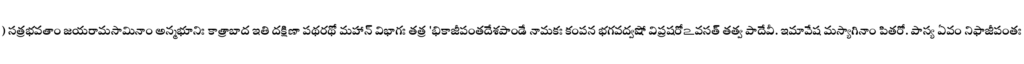
) సత్రభవతాం జయరామసామినాం అన్మభూనిః కాత్రాబాద ఇతి దక్షిణా పథరథో మహాన్ విభాగః తత్ర 'భికాజీపంతదేశపాండే నామకః కంపన భగవద్వషో విప్రషరోఽవసత్ తత్వ పాదేవీ. ఇమావేష మస్యాగినాం పితరో. పాస్య ఏవం నిఫాజీపంతః